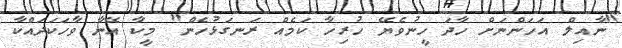
"ނާއިލް އަހަންނަށް ހާދަ ހީނުވެޔޭ ހުރިހާ ކަމެއް ރަނގަޅުހެން" މީކާ އޭނާ ވާހަކަދައްކާ